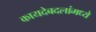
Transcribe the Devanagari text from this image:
कायदेबदलांमध्ये